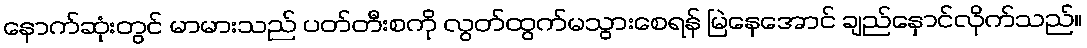
နောက်ဆုံးတွင် မာမားသည် ပတ်တီးစကို လွတ်ထွက်မသွားစေရန် မြဲနေအောင် ချည်နှောင်လိုက်သည်။